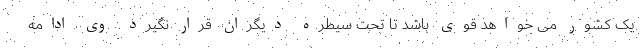
یک کشور می خواهد قوی باشد تا تحت سیطره دیگران قرار نگیرد. وی ادامه